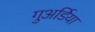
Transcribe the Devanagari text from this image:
गुअर्डिया